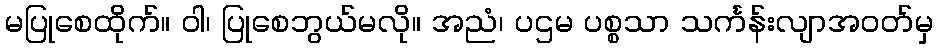
မပြုစေထိုက်။ ဝါ၊ ပြုစေဘွယ်မလို။ အညံ၊ ပဌမ ပစ္စသာ သင်္ကန်းလျာအဝတ်မှ